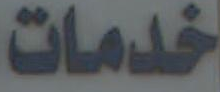
خدمات